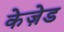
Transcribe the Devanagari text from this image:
केज़ेड